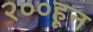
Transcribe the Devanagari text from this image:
२००हून